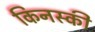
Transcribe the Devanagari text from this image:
किनस्की